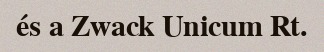
és a Zwack Unicum Rt.